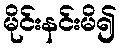
မိုင်းနင်းမိ၍